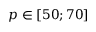
p \in [ 5 0 ; 7 0 ]